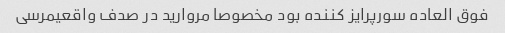
فوق العاده سورپرایز کننده بود مخصوصا مروارید در صدف واقعیمرسی